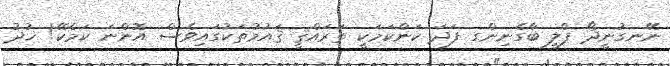
ނޭނގުނީދޯ ޕްލީ ބާގެނިންގ ފަދަ ކަންކަމަކީ ތަރައްޤީ ޤައުމުތަކުގައިވެސް އޮންނަ ކަމެކޭ! ޚުދު